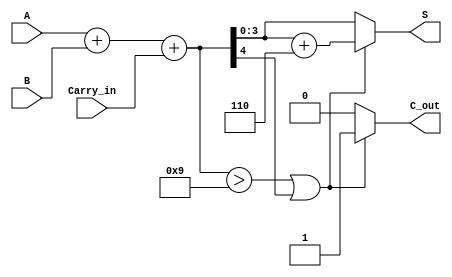
module BCD_Fast_Adder (
    input [3:0] A,        // First BCD digit
    input [3:0] B,        // Second BCD digit
    input Carry_in,       // Carry input from previous addition
    output reg [3:0] S,   // BCD sum output
    output reg C_out      // Carry output
);

    wire [4:0] Sum;       // 5-bit sum to accommodate carry
    wire correction_needed; // Flag for correction

    // Step 1: Perform binary addition
    assign Sum = A + B + Carry_in;

    // Step 2: Determine if correction is needed
    assign correction_needed = (Sum > 9) || (Sum[4]);

    // Step 3: Compute the corrected sum
    always @(*) begin
        if (correction_needed) begin
            // If correction is needed, add 6 (0110)
            S = Sum + 5'b00110; // 6 in binary
            C_out = 1;          // Set carry out
        end else begin
            S = Sum[3:0];       // No correction needed, take lower 4 bits
            C_out = 0;          // No carry out
        end
    end

endmodule